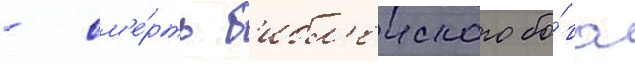
- см'е́рть б'ибл'еиского бо́га